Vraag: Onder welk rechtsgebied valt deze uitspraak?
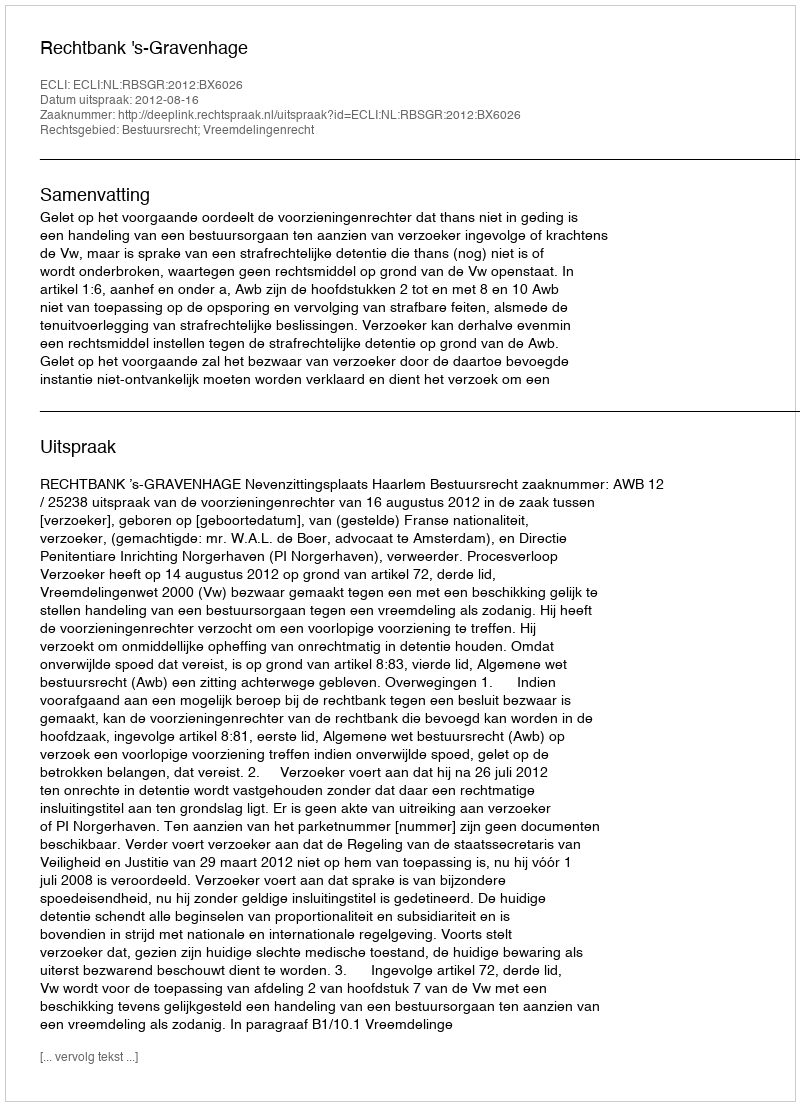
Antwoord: Bestuursrecht; Vreemdelingenrecht